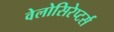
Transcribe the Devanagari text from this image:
वेलोसिरेप्‍टर्स